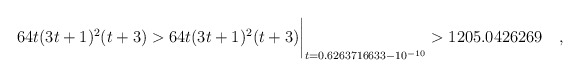
\begin{align*} 64t(3t+1)^2(t+3) > 64t(3t+1)^2(t+3)\biggr\rvert_{t=0.6263716633 - 10^{-10}} > 1205.0426269\quad , \end{align*}